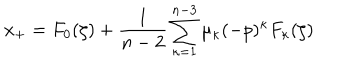
x _ { + } = F _ { 0 } ( \zeta ) + \frac { 1 } { n - 2 } \sum _ { \kappa = 1 } ^ { n - 3 } \mu _ { \kappa } ( - p ) ^ { \kappa } F _ { \kappa } ( \zeta )